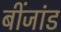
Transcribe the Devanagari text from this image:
बींजांड